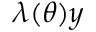
\lambda ( \theta ) y